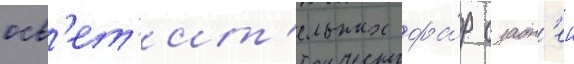
осв'ет'ит'ельных фа́р с задн'еи